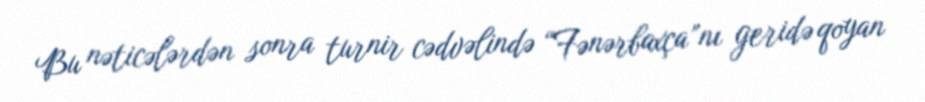
Bu nəticələrdən sonra turnir cədvəlində “Fənərbaxça”nı geridə qoyan